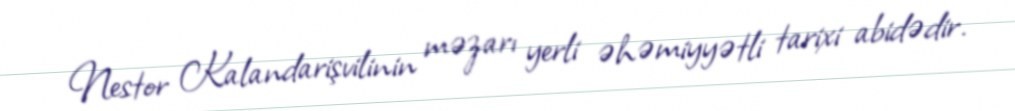
Nestor Kalandarişvilinin məzarı yerli əhəmiyyətli tarixi abidədir.